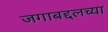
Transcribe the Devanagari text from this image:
जगाबद्दलच्या